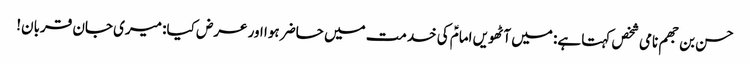
حسن بن جھم نامی شخص کہتا ہے: میں آٹھویں امامؑ کی خدمت میں حاضر ہوا اور عرض کیا: میری جان قربان!